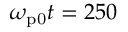
\omega _ { \mathrm { p 0 } } t = 2 5 0